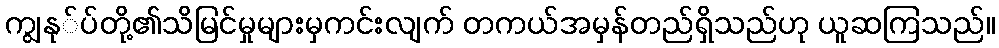
ကျွနု်ပ်တို့၏သိမြင်မှုများမှကင်းလျက် တကယ်အမှန်တည်ရှိသည်ဟု ယူဆကြသည်။